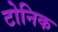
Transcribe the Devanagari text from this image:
टोनिक